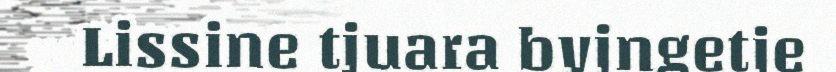
Lissine tjuara byjngetje